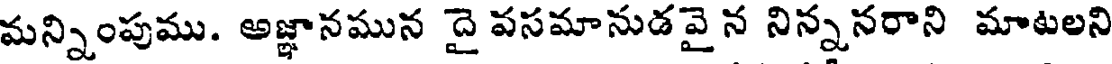
మన్నింపుము. అజ్ఞానమున దై వసమానుడవై న నిన్ననరాని మాటలని